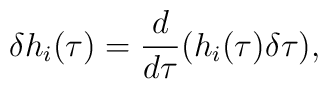
\delta h_{i}(\tau)=\frac{d}{d \tau}(h_{i}(\tau) \delta \tau),